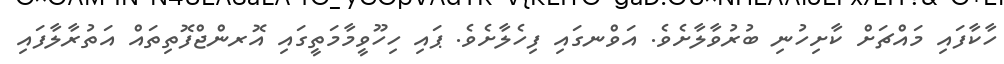
ހާކާފައި މައްޗަށް ކާށިހުނި ބުރުވާލާށެވެ. އަވްނގައި ފިހެލާށެވެ. ޕައި ހިހޫވީމާމަތީގައި އޮރންޖްފޮތިތައް އަތުރާލާފައި